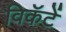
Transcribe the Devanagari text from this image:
विकॅटें